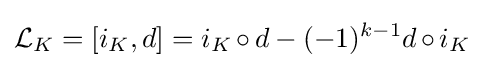
{\mathcal {L}}_{K}=[i_{K},d]=i_{K}\,{\circ }\,d-(-1)^{k-1}d\,{\circ }\,i_{K}